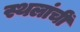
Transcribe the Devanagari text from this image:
स्थलांचीं